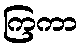
ကြကာ